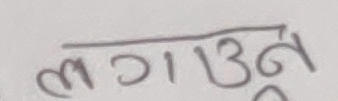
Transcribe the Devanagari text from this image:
लगाउन